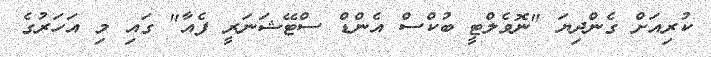
ކުރިއަށް ގެންދިޔަ "ނޮވެލްޓީ ބުކްސް އެންޑް ސްޓޭޝަނަރީ ފެއާ" ގައި މި އަހަރުގެ